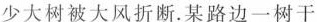
少大树被大风折断。某路边一树干